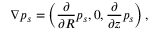
\nabla p _ { s } = \left( \frac { \partial } { \partial R } p _ { s } , 0 , \frac { \partial } { \partial z } p _ { s } \right) ,